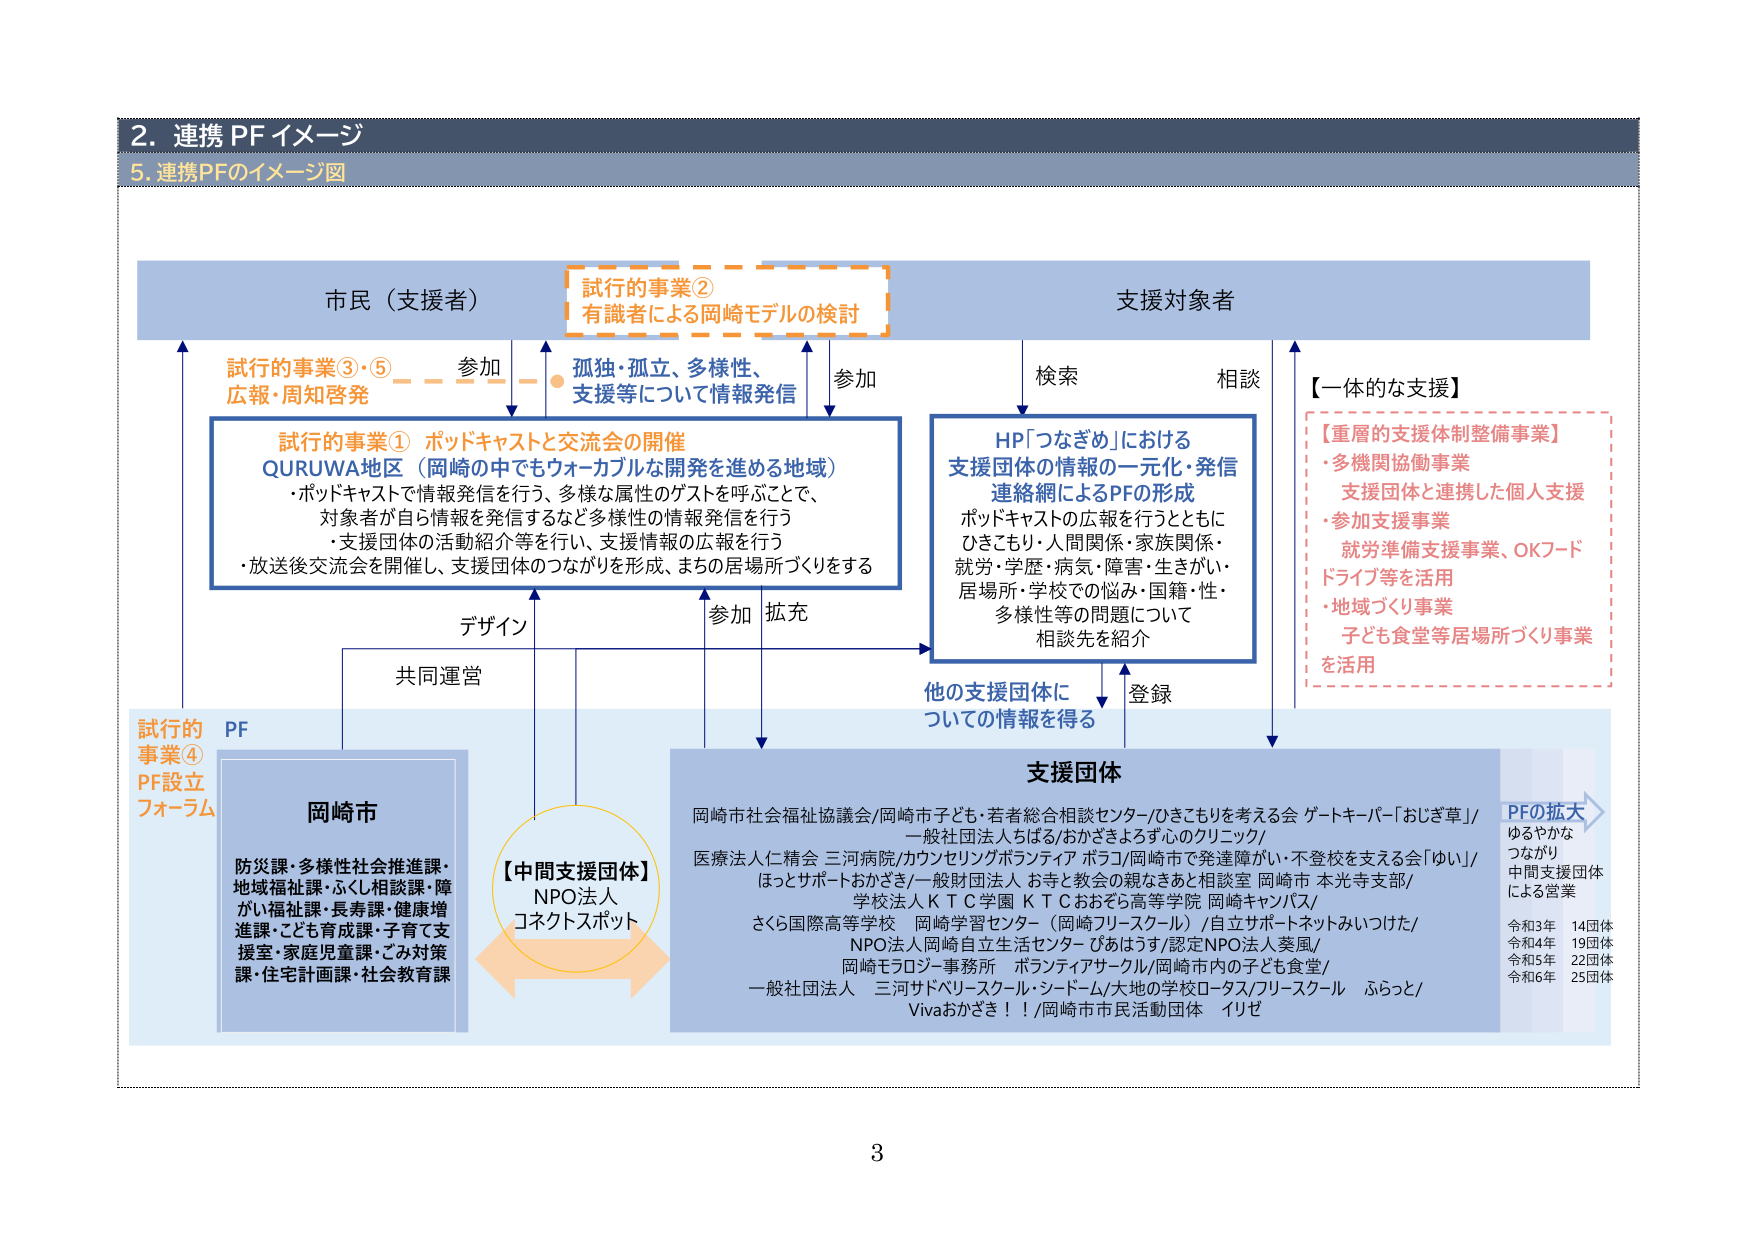
2. 連携 PFイメージ
5. 連携PFのイメージ図

市民（支援者）
支援対象者

試行的事業②
有識者による岡崎モデルの検討

試行的事業③・⑤
広報・周知啓発
参加
孤独・孤立、多様性、
支援等について情報発信
参加
検索
相談

【一体的な支援】
【重層的支援体制整備事業】
・多機関協働事業
支援団体と連携した個人支援
・参加支援事業
就労準備支援事業、OKフード
ドライブ等を活用
・地域づくり事業
子ども食堂等居場所づくり事業
を活用

試行的事業① ポッドキャストと交流会の開催
QURUWA地区（岡崎の中でもウォーカブルな開発を進める地域）
・ポッドキャストで情報発信を行う、多様な属性のゲストを呼ぶことで、
対象者が自ら情報を発信するなど多様性の情報発信を行う
・支援団体の活動紹介等を行い、支援情報の広報を行う
・放送後交流会を開催し、支援団体のつながりを形成、まちの居場所づくりをする

HP「つなぎめ」における
支援団体の情報の一元化・発信
連絡網によるPFの形成
ポッドキャストの広報を行うとともに
ひきこもり・人間関係・家族関係・
就労・学歴・病気・障害・生きがい・
居場所・学校での悩み・国籍・性・
多様性等の問題について
相談先を紹介

デザイン
参加 拡充
共同運営
他の支援団体に
ついての情報を得る
登録

試行的
事業④
PF設立
フォーラム

PF
岡崎市
防災課・多様性社会推進課・
地域福祉課・ふくし相談課・障
がい福祉課・長寿課・健康増
進課・こども育成課・子育て支
援室・家庭児童課・ごみ対策
課・住宅計画課・社会教育課

【中間支援団体】
NPO法人
コネクトスポット

支援団体
岡崎市社会福祉協議会/岡崎市子ども・若者総合相談センター/ひきこもりを考える会 ゲートキーパー「おじぎ草」/
一般社団法人ちばる/おかさきよすず心のクリニック/
医療法人仁精会 三河病院/カウンセリングボランティア ポラコ/岡崎市で発達障がい・不登校を支える会「ゆい」/
ほっとサポートおかさき/一般財団法人 お寺と教会の親なさあと相談室 岡崎市 本光寺支部/
学校法人ＫＴＣ学園 ＫＴＣおおぞら高等学校 岡崎キャンパス/
さくら国際高等学校 岡崎学習センター（岡崎フリースクール）/自立サポートネットみいつけた/
NPO法人岡崎自立生活センター ぴあはうす/認定NPO法人葵風/
岡崎モラロジーサービス事務所 ボランティアスクール/岡崎市内の子ども食堂/
一般社団法人 三河サドベリースクール・シードーム/大地の学校ロータス/フリースクール ふらっと/
Vivaおかさき！！/岡崎市市民活動団体 イリゼ

PFの拡大
ゆるやかな
つながり
中間支援団体
による営業
令和3年 14団体
令和4年 19団体
令和5年 22団体
令和6年 25団体

3